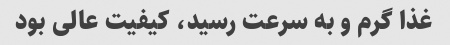
غذا گرم و به سرعت رسید، کیفیت عالی بود